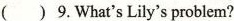
( )9. What's Lily's problem?